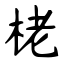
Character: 栳